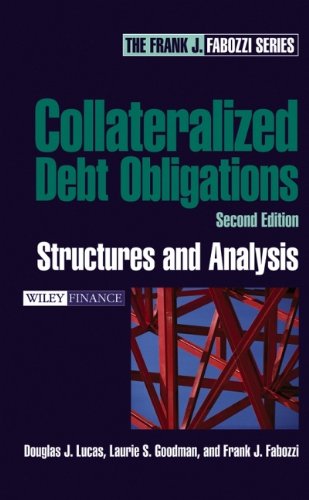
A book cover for Collateralized Debt Obligations: Structures and Analysis, 2nd Edition (Wiley Finance); Douglas J. Lucas; Business & Money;